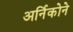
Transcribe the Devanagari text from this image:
अर्निकोने